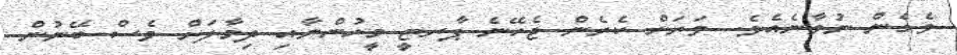
ވެގެން ނުވާނެއެވެ. ވަރަށް ކެރެން ޖެހޭނެ ޕާރޓީ މީހުންނާއި ދިމާލަށް ވެސް ބޭނުން